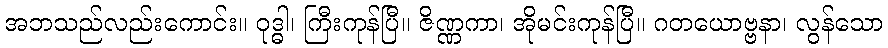
အဘသည်လည်းကောင်း။ ဝုဒ္ဓါ၊ ကြီးကုန်ပြီ။ ဇိဏ္ဏကာ၊ အိုမင်းကုန်ပြီ။ ဂတယောဗ္ဗနာ၊ လွန်သော